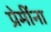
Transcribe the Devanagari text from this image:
प्रेमींना